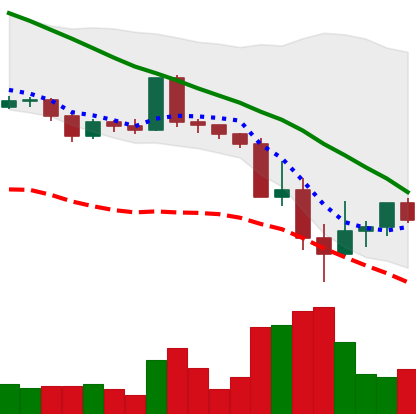
Ticker: ADA-USD
Chart end date: 2022-05-16
Forward return: -5.102%
Label: down_5_7